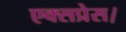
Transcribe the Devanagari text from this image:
एक्‍सप्रेस।